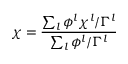
\chi = \frac { \sum _ { l } \phi ^ { l } \chi ^ { l } / \Gamma ^ { l } } { \sum _ { l } \phi ^ { l } / \Gamma ^ { l } }